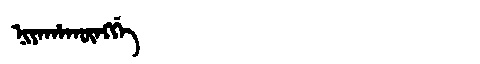
Manchu: ᠨᡳᠶᠠᡥᠠᡴᡡᠩᡤᡝ
Romanization: NIYAHAKŪNGGE